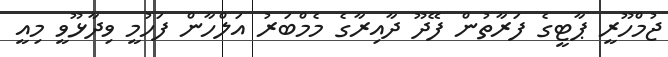
ޖުމްހޫރީ ޕާޓީގެ ފަރާތުން ފޭދޫ ދާއިރާގެ މެމްބަރު އަލްހާން ފަހުމީ ވިދާޅޫވީ މިއީ